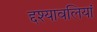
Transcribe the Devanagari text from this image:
द्दश्यावलियां